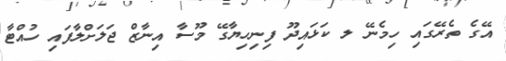
އޭގެ ތެރޭގައި ހިމެނޭ ލ ކަޅައިދޫ ފިނިހިޔާގޭ މޫސާ އިނާޒް ޖަލަށްލާފައި ހުއްޓާ